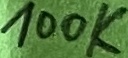
Text: 100K